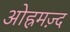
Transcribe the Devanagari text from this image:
ओह्रमज़्द